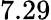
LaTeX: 7.29